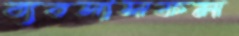
ব্যবসাসফল